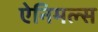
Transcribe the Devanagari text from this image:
ऐनिमल्स